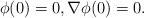
LaTeX: \begin{align*}\phi(0)=0, \nabla \phi(0)=0.\end{align*}